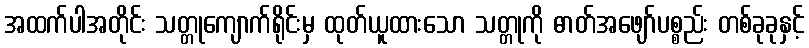
အထက်ပါအတိုင်း သတ္တုကျောက်ရိုင်းမှ ထုတ်ယူထားသော သတ္တုကို ဓာတ်အဖျော်ပစ္စည်း တစ်ခုခုနှင့်